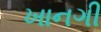
ખાનગી